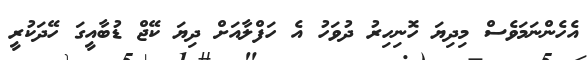
އެހެންނަމަވެސް މިދިޔަ ހޮނިހިރު ދުވަހު އެ ހަފްލާއަށް ދިޔަ ކޭޖް ޑުބާއީގަ ހޭދަކުރީ